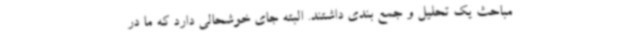
مباحث یک تحلیل و جمع بندی داشتند. البته جای خوشحالی دارد که ما در